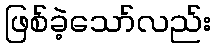
ဖြစ်ခဲ့သော်လည်း